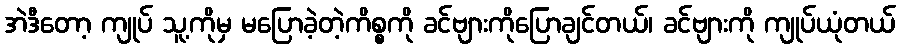
အဲဒီတော့ ကျုပ် သူ့ကိုမှ မပြောခဲ့တဲ့ကိစ္စကို ခင်ဗျားကိုပြောချင်တယ်၊ ခင်ဗျားကို ကျုပ်ယုံတယ်